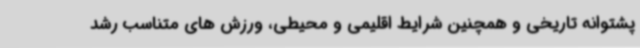
پشتوانه تاریخی و همچنین شرایط اقلیمی و محیطی، ورزش های متناسب رشد